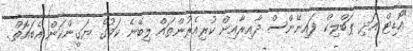
"އޮޑިޓް އަދި ޕަބްލިކް ފައިނޭންސް ދާއިރާއިން ކުރިއެރުންތައް ލިބޭނެ ކަމުގެ ޔަގީންކަން އެބައޮތް.